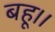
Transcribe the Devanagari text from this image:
बहू।।